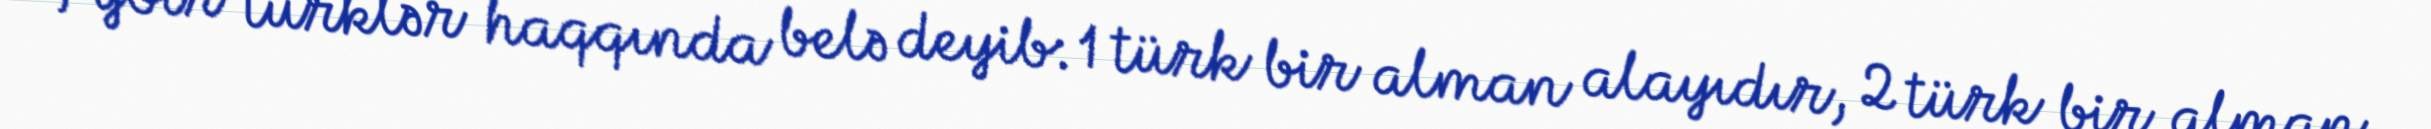
Pyotr türklər haqqında belə deyib: 1 türk bir alman alayıdır, 2 türk bir alman